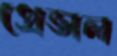
প্রেভাল